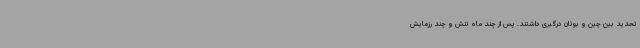
تحدید بین چین و بوتان درگیری داشتند. پس از چند ماه تنش و چند رزمایش